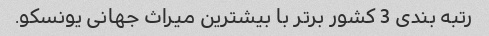
رتبه بندی 3 کشور برتر با بیشترین میراث جهانی یونسکو.